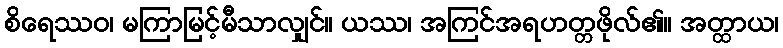
စိရေဿဝ၊ မကြာမြင့်မီသာလျှင်။ ယဿ၊ အကြင်အရဟတ္တဖိုလ်၏။ အတ္ထာယ၊